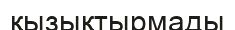
қызықтырмады